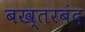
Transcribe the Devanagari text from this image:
बख्‍तरबंद